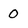
Character: 0